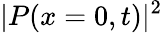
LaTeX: |P(x=0,t)|^{2}